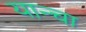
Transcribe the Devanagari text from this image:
यान्चा